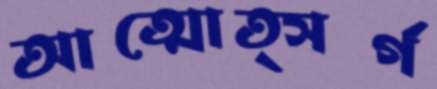
আত্মোত্সর্গ